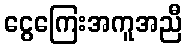
ငွေကြေးအကူအညီ